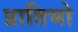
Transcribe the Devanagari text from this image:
प्रातिभो